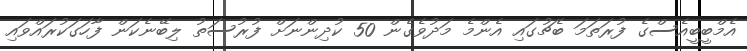
އެމްބީބީއެސްގެ ފުރަތަމަ ބެޗުގައި އެންމެ މަދުވެގެން 50 ކުދިންނަށް ފުރުސަތު ލިބޭނެކަން ފާހަގަކުރައްވައި